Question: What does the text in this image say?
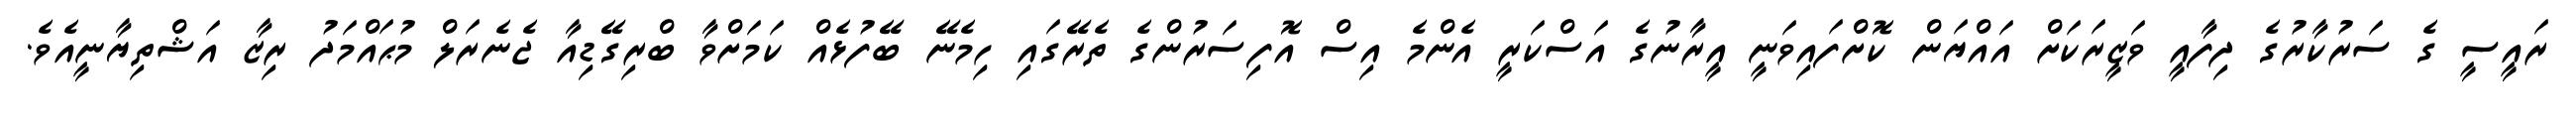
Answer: ރައީސީ ގެ ސަރުކާރުގެ ދިފާއީ ވަޒީރަކަށް އައްޔަން ކޮށްފައިވަނީ އީރާނުގެ އަސްކަރީ އެންމެ އިސް އޮފިސަރުންގެ ތެރޭގައި ހިމެނޭ ބޭފުޅެއް ކަމަށްވާ ބްރިގޭޑިއާ ޖެނެރަލް މުޙައްމަދު ރިޒާ އަޝްތިޔާނީއެވެ.